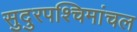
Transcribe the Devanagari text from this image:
सुदुरपश्चिमांचल